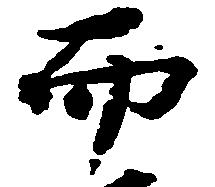
而